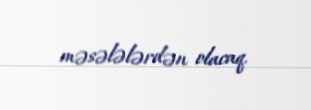
məsələlərdən olacaq.